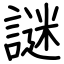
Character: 謎